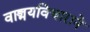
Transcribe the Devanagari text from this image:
वाङ्मयविचाराने